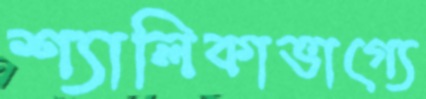
শ্যালিকাভাগ্যে